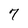
Character: 7